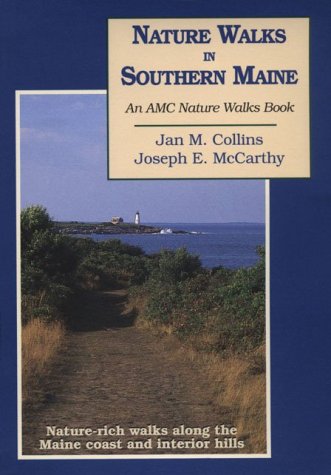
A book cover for Nature Walks In Southern Maine: Nature Rich Walks along the Maine Coast and Interior Hills; Jan M. Collins; Travel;